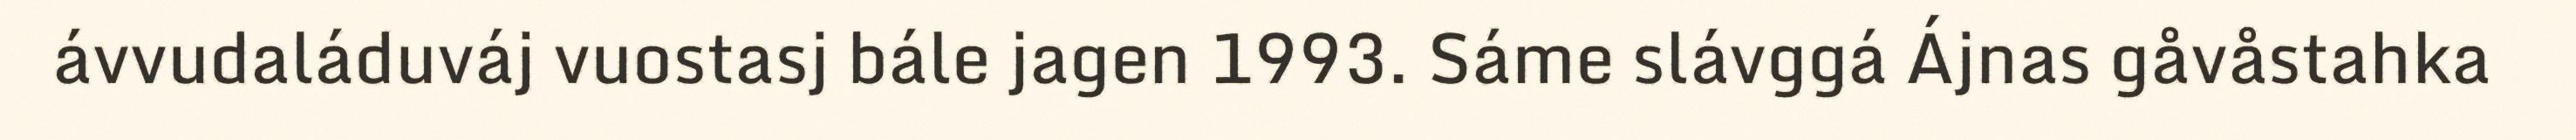
ávvudaláduváj vuostasj bále jagen 1993. Sáme slávggá Ájnas gåvåstahka